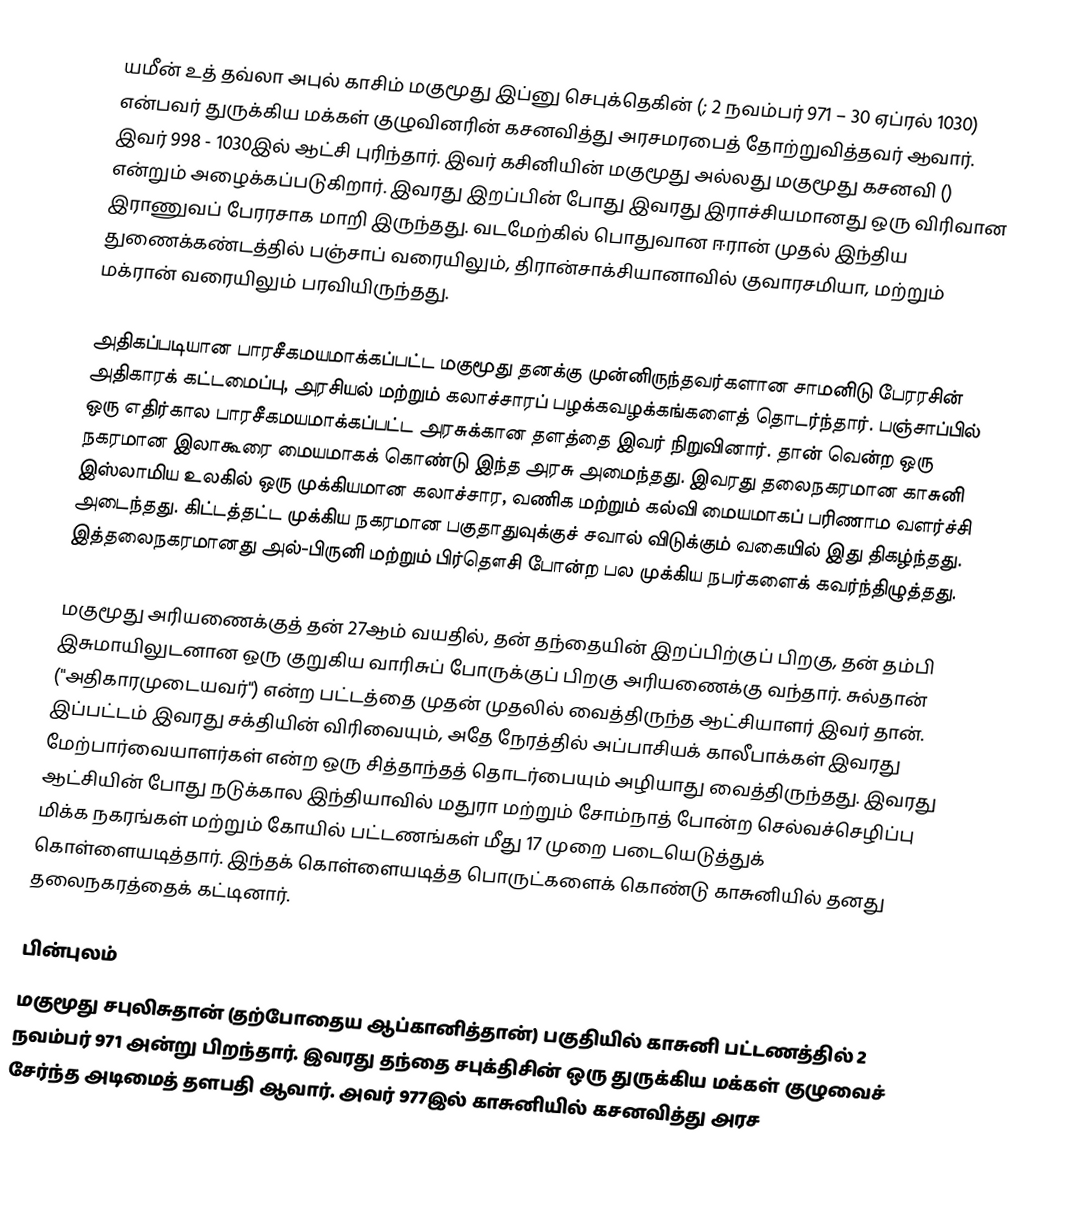
யமீன் உத் தவ்லா அபுல் காசிம் மகுமூது இப்னு செபுக்தெகின் (; 2 நவம்பர் 971 – 30 ஏப்ரல் 1030) என்பவர் துருக்கிய மக்கள் குழுவினரின் கசனவித்து அரசமரபைத் தோற்றுவித்தவர் ஆவார். இவர் 998 - 1030இல் ஆட்சி புரிந்தார். இவர் கசினியின் மகுமூது அல்லது மகுமூது கசனவி () என்றும் அழைக்கப்படுகிறார். இவரது இறப்பின் போது இவரது இராச்சியமானது ஒரு விரிவான இராணுவப் பேரரசாக மாறி இருந்தது. வடமேற்கில் பொதுவான ஈரான் முதல் இந்திய துணைக்கண்டத்தில் பஞ்சாப் வரையிலும், திரான்சாக்சியானாவில் குவாரசமியா, மற்றும் மக்ரான் வரையிலும் பரவியிருந்தது.

அதிகப்படியான பாரசீகமயமாக்கப்பட்ட மகுமூது தனக்கு முன்னிருந்தவர்களான சாமனிடு பேரரசின் அதிகாரக் கட்டமைப்பு, அரசியல் மற்றும் கலாச்சாரப் பழக்கவழக்கங்களைத் தொடர்ந்தார். பஞ்சாப்பில் ஒரு எதிர்கால பாரசீகமயமாக்கப்பட்ட அரசுக்கான தளத்தை இவர் நிறுவினார். தான் வென்ற ஒரு நகரமான இலாகூரை மையமாகக் கொண்டு இந்த அரசு அமைந்தது. இவரது தலைநகரமான காசுனி இஸ்லாமிய உலகில் ஒரு முக்கியமான கலாச்சார, வணிக மற்றும் கல்வி மையமாகப் பரிணாம வளர்ச்சி அடைந்தது. கிட்டத்தட்ட முக்கிய நகரமான பகுதாதுவுக்குச் சவால் விடுக்கும் வகையில் இது திகழ்ந்தது. இத்தலைநகரமானது அல்-பிருனி மற்றும் பிர்தௌசி போன்ற பல முக்கிய நபர்களைக் கவர்ந்திழுத்தது.

மகுமூது அரியணைக்குத் தன் 27ஆம் வயதில், தன் தந்தையின் இறப்பிற்குப் பிறகு, தன் தம்பி இசுமாயிலுடனான ஒரு குறுகிய வாரிசுப் போருக்குப் பிறகு அரியணைக்கு வந்தார். சுல்தான் ("அதிகாரமுடையவர்") என்ற பட்டத்தை முதன் முதலில் வைத்திருந்த ஆட்சியாளர் இவர் தான். இப்பட்டம் இவரது சக்தியின் விரிவையும், அதே நேரத்தில் அப்பாசியக் காலீபாக்கள் இவரது மேற்பார்வையாளர்கள் என்ற ஒரு சித்தாந்தத் தொடர்பையும் அழியாது வைத்திருந்தது. இவரது ஆட்சியின் போது நடுக்கால இந்தியாவில் மதுரா மற்றும் சோம்நாத் போன்ற செல்வச்செழிப்பு மிக்க நகரங்கள் மற்றும் கோயில் பட்டணங்கள் மீது 17 முறை படையெடுத்துக் கொள்ளையடித்தார். இந்தக் கொள்ளையடித்த பொருட்களைக் கொண்டு காசுனியில் தனது தலைநகரத்தைக் கட்டினார்.

பின்புலம்
மகுமூது சபுலிசுதான் (தற்போதைய ஆப்கானித்தான்) பகுதியில் காசுனி பட்டணத்தில் 2 நவம்பர் 971 அன்று பிறந்தார். இவரது தந்தை சபுக்திசின் ஒரு துருக்கிய மக்கள் குழுவைச் சேர்ந்த அடிமைத் தளபதி ஆவார். அவர் 977இல் காசுனியில் கசனவித்து அரச